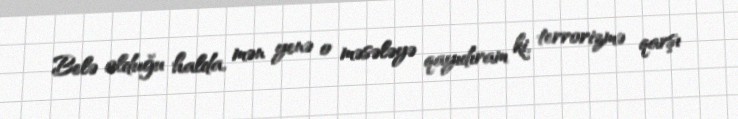
Belə olduğu halda, mən yenə o məsələyə qayıdıram ki, terrorizmə qarşı